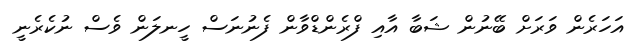
އަހަރެން ވަރަށް ބޭނުން ޝަބާ އާއި ފްރެންޑްވާން ފެނުނަސް ހީނލަން ވެސް ނުކެރެނީ